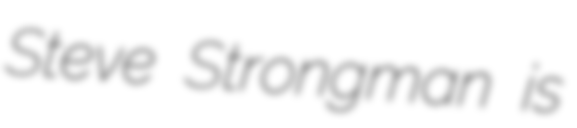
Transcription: Steve Strongman is